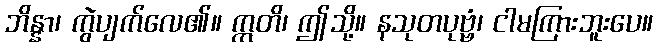
ဘိန္နာ၊ ကွဲပျက်လေ၏။ ဣတိ၊ ဤသို့။ နသုတပုဗ္ဗံ၊ ငါမကြားဘူးပေ။